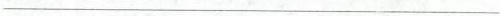
___